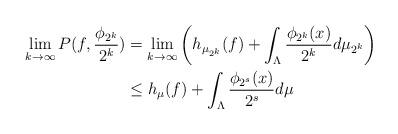
LaTeX: \begin{align*}\lim_{k \rightarrow \infty} P(f, \frac{\phi_{2^k}}{2^k})&= \lim_{k \rightarrow \infty} \left( h_{\mu_{2^k}}(f) + \int_{\Lambda} \frac{\phi_{2^k}(x)}{2^k} d\mu_{2^k}\right)\\&\leq h_\mu(f) + \int_{\Lambda} \frac{\phi_{2^s}(x)}{2^s} d\mu\end{align*}